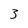
Character: 3